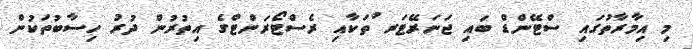
މި އިމާރާތުގައި ސްޓޭންޑް ބައި ޖަނަރޭޓަރ ުތަކާއި ރެސްޓޯރަންޓްގެ އިތުރުން ދުރު ހިސާބުތަކުން